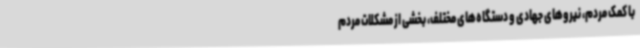
با کمک مردم، نیروهای جهادی و دستگاه‌های مختلف، بخشی از مشکلات مردم